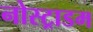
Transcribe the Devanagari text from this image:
नोस्ट्राडम